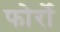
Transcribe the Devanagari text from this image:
फोर्रो